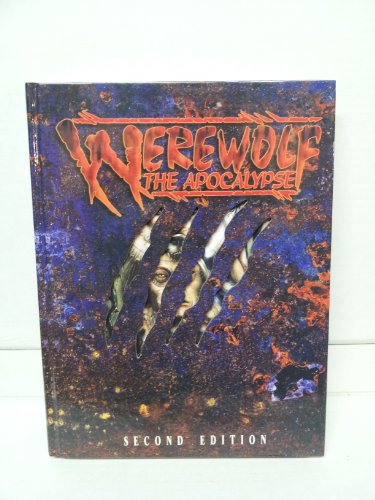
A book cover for Werewolf: The Apocalypse; Science Fiction & Fantasy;